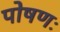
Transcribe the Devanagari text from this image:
पोषणः